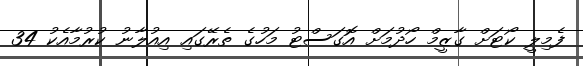
ފެމިލީ ކޯޓަށް ގާޒީމް ހޯދުމަށް އޮގަސްޓު މަހުގެ ތެރޭގައި އިއުލާނު ކުރުމާއެކު 34